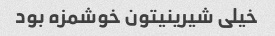
خیلی شیرینیتون خوشمزه بود